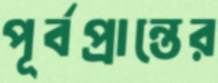
পূর্বপ্রান্তের